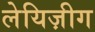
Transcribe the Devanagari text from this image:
लेयिज़ीग